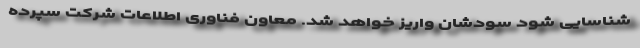
شناسایی شود سودشان واریز خواهد شد. معاون فناوری اطلاعات شرکت سپرده